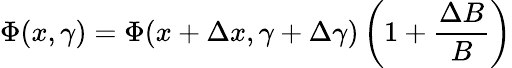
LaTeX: \Phi(x,\gamma)=\Phi(x+\Delta x,\gamma+\Delta\gamma)\left(1+\frac{\Delta B}{B}\right)